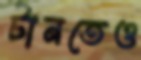
টানতেও